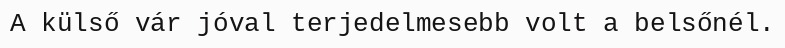
A külső vár jóval terjedelmesebb volt a belsőnél.